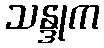
သန္ဒုက